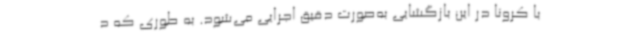
با کرونا در این بازگشایی به‌صورت دقیق اجرایی می‌شود. به طوری که د